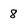
Character: 8